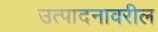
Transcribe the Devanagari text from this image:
उत्पादनावरील